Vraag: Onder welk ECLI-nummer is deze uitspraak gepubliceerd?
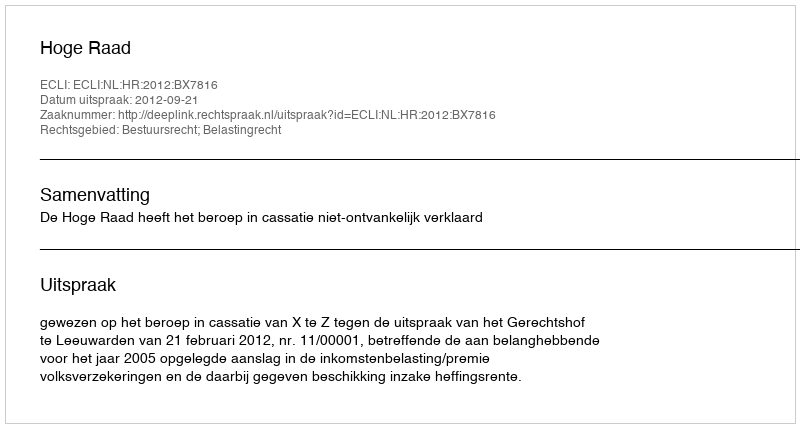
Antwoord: ECLI:NL:HR:2012:BX7816